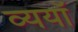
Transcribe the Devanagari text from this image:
व्ययॉ